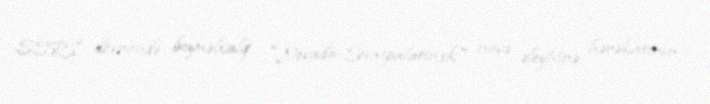
SSRİ dövründə beynəlxalq "Nevada-Semipalatinsk" nüvə əleyhinə hərəkatının